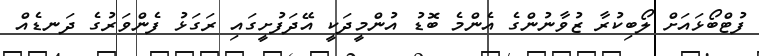
ފުޓްބޯޅައަށް ލޯބިކުރާ ޒުވާނުންގެ އެންމެ ބޮޑު އުންމީދަކީ އޭދަފުށީގައި ރަގަޅު ފެންވަރުގެ ދަނޑެއް